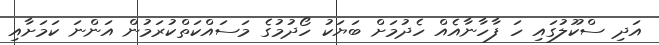
އަދި ސްކޫލުގައި ހަ ފާހާނާއެއް ހެދުމަށް ބަޔަކު ހޯދުމުގެ މަސައްކަތްކުރަމުން އަންނަ ކަމަށާއި